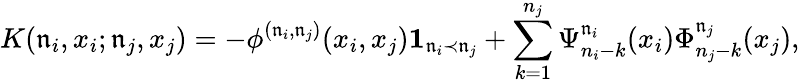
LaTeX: K(\mathfrak{n}_{i},x_{i};\mathfrak{n}_{j},x_{j})=-\phi^{(\mathfrak{n}_{i},\mathfrak{n}_{j})}(x_{i},x_{j})\mathbf{1}_{\mathfrak{n}_{i}\prec\mathfrak{n}_{j}}+\sum_{k=1}^{n_{j}}\Psi_{n_{i}-k}^{\mathfrak{n}_{i}}(x_{i})\Phi_{n_{j}-k}^{\mathfrak{n}_{j}}(x_{j}),